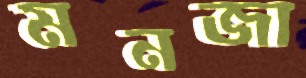
মনজা